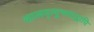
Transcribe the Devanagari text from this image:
कालमृत्युभयाद्वापि